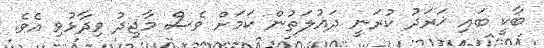
ބާކީ ބައި ޚަރަދު ކުރަނީ ދައުލަތުން ކަމަށް ވެސް މާޖިދު ވިދާޅުވި އެވެ.